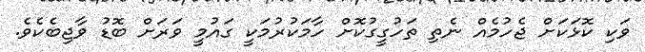
ވަކި ކޮޅަކަށް ޖެހުމެއް ނެތި ތަހުގީގުކޮށް ހާމަކުރުމަކީ ގައުމީ ވަރަށް ބޮޑު ވާޖިބެކެވެ.